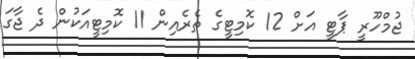
ޖުމްހޫރީ ޕާޓީ އަށް 12 ކޮމިޓީގެ ތެރެއިން 11 ކޮމިޓީއަކުން ދެ ޖާގަ